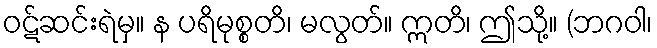
ဝဋ်ဆင်းရဲမှ။ န ပရိမုစ္စတိ၊ မလွတ်။ ဣတိ၊ ဤသို့။ (ဘဂဝါ၊